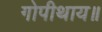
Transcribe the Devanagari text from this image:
गोपीथाय॥